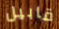
قابيل